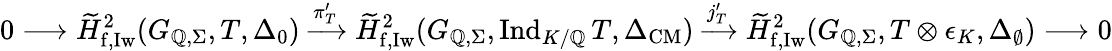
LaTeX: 0\longrightarrow\widetilde{H}_{\mathrm{f,Iw}}^{2}(G_{\mathbb{Q},\Sigma},T,\Delta_{0})\xrightarrow{\pi_{T}^{\prime}}\widetilde{H}_{\mathrm{f,Iw}}^{2}(G_{\mathbb{Q},\Sigma},\mathrm{Ind}_{K/\mathbb{Q}}\, T,\Delta_{\mathrm{CM}})\xrightarrow{j_{T}^{\prime}}\widetilde{H}_{\mathrm{f,Iw}}^{2}(G_{\mathbb{Q},\Sigma},T\otimes\epsilon_{K},\Delta_{\emptyset})\longrightarrow 0